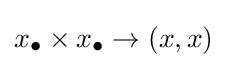
x_{\bullet }\times x_{\bullet }\to (x,x)